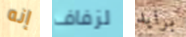
إنه لزفاف برايد